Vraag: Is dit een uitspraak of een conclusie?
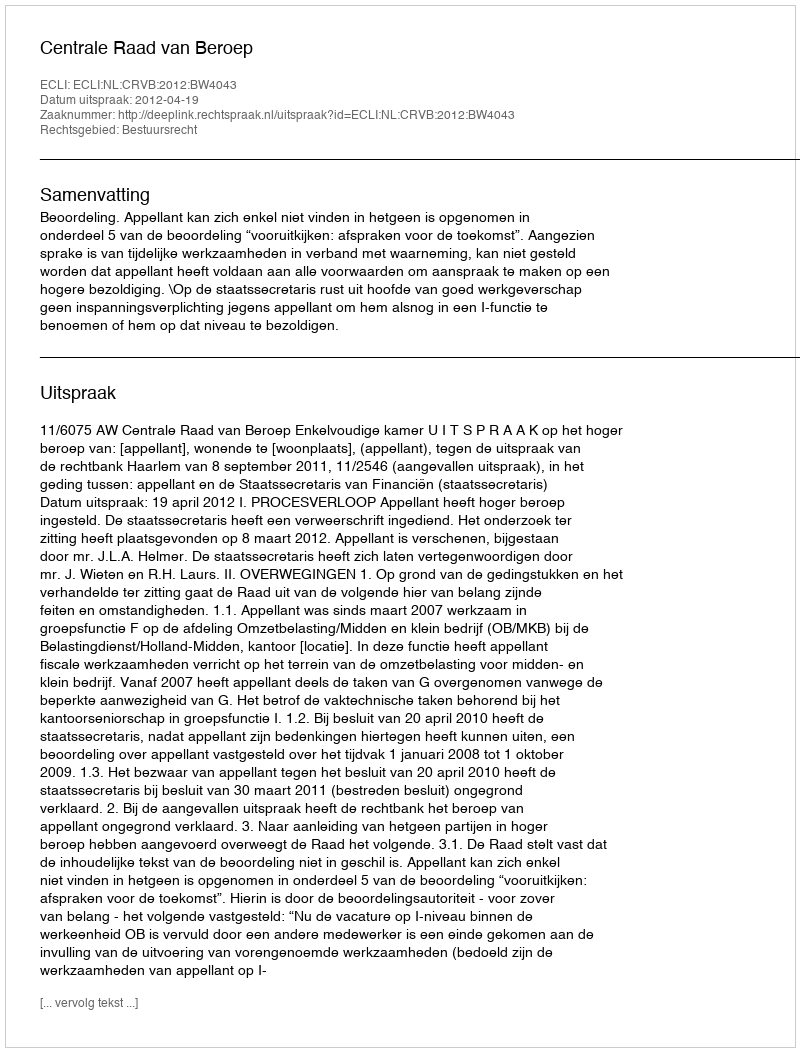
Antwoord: Uitspraak